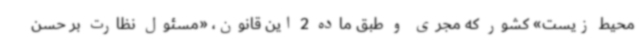
محیط‌ زیست» کشور که مجری و طبق ماده 2 این قانون، «مسئول نظارت بر حسن